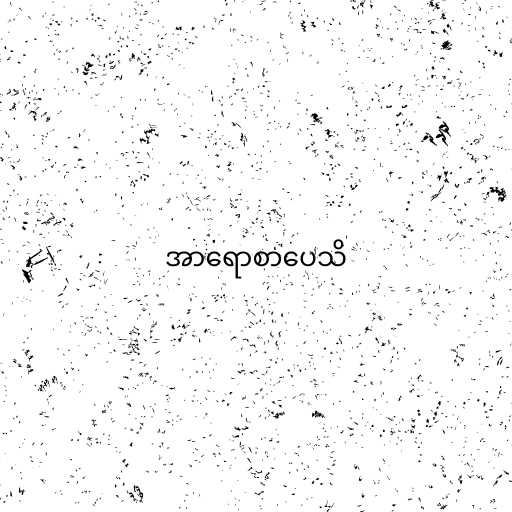
အာရောစာပေသိ